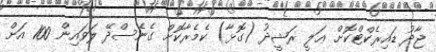
ޖާދު ޑައިރެެކްޓްކޮށް ޢަލީ ރަޝީދު (ގޮޅާ) ކެމެރާކޮށް ގެނެސްދޭ ލަވައިން 100 އަށް